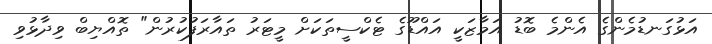
އަޅުގަނޑުމެންގެ އެންމެ ބޮޑު އަމާޒަކީ އައްޑޫގެ ޓެކްސީތަކަށް މީޓަރު ތައާރަފުކުރުން" ތޮއްޔިބް ވިދާޅުވި